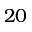
2 0